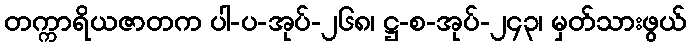
တက္ကာရိယဇာတက ပါ-ပ-အုပ်-၂၆၈၊ ဋ္ဌ-စ-အုပ်-၂၄၃၊ မှတ်သားဖွယ်